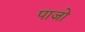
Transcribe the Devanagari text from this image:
पाजो